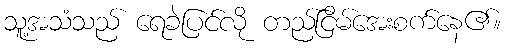
သူ့အသံသည် ရေခဲပြင်လို တည်ငြိမ်အေးစက်နေ၏။